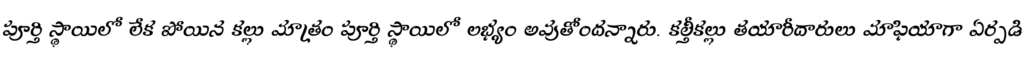
పూర్తి స్థాయిలో లేక పోయిన కల్లు మాత్రం పూర్తి స్థాయిలో లభ్యం అవుతోందన్నారు. కల్తీకల్లు తయారీదారులు మాఫియాగా ఏర్పడి